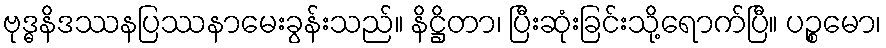
ဗုဒ္ဓနိဒဿနပြဿနာမေးခွန်းသည်။ နိဋ္ဌိတာ၊ ပြီးဆုံးခြင်းသို့ရောက်ပြီ။ ပဉ္စမော၊